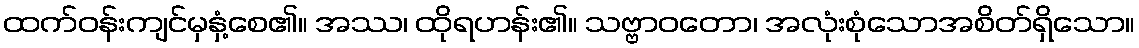
ထက်ဝန်းကျင်မှနှံ့စေ၏။ အဿ၊ ထိုရဟန်း၏။ သဗ္ဗာဝတော၊ အလုံးစုံသောအစိတ်ရှိသော။